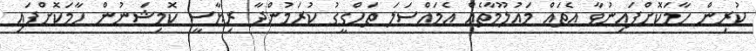
ކުރިން ހާމަކޮށްފައިނުވާ އެތައް މައުލޫމާތެއް އެމައްސަލަ ތަހްގީގު ކުރަމުންދާ ރިޔާސީ ކޮމިޝަނުން ހާމަކޮށްފައި